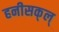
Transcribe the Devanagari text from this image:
हनीसक्‌ल्‌